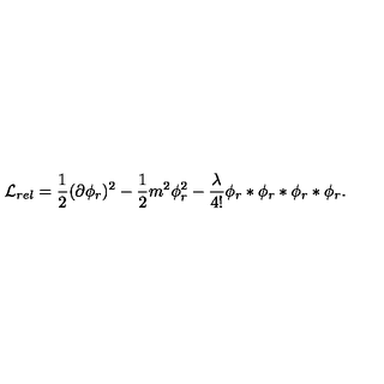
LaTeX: { \cal L } _ { r e l } = \frac { 1 } { 2 } ( \partial \phi _ { r } ) ^ { 2 } - \frac { 1 } { 2 } m ^ { 2 } \phi _ { r } ^ { 2 } - \frac { \lambda } { 4 ! } \phi _ { r } * \phi _ { r } * \phi _ { r } * \phi _ { r } .